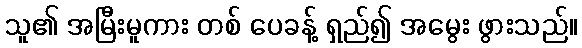
သူ၏ အမြီးမူကား တစ် ပေခန့် ရှည်၍ အမွေး ဖွားသည်။